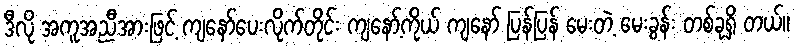
ဒီလို အကူအညီအားဖြင့် ကျနော်ပေးလိုက်တိုင်း ကျနော့်ကိုယ် ကျနော် ပြန်ပြန် မေးတဲ့ မေးခွန်း တစ်ခုရှိ တယ်။